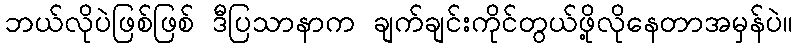
ဘယ်လိုပဲဖြစ်ဖြစ် ဒီပြသာနာက ချက်ချင်းကိုင်တွယ်ဖို့လိုနေတာအမှန်ပဲ။